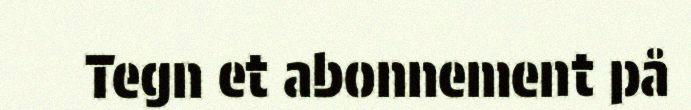
Tegn et abonnement på